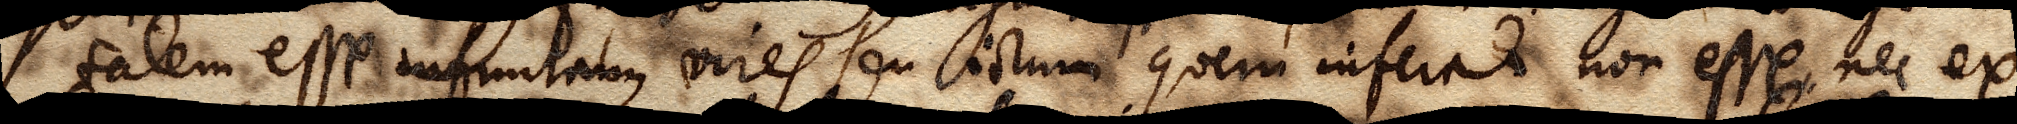
tatem esse infinitam, vires seu ictum quem inferat non esse, nec ex